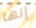
إنها